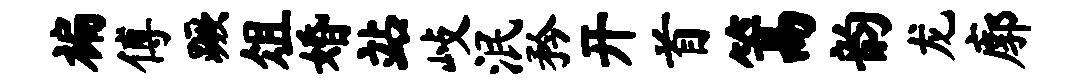
褊傅蹶俎婚站歧泯矜开首篙韵龙廓